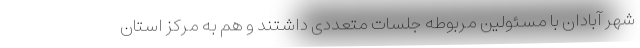
شهر آبادان با مسئولین مربوطه جلسات متعددی داشتند و هم به مرکز استان